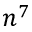
n ^ { 7 }